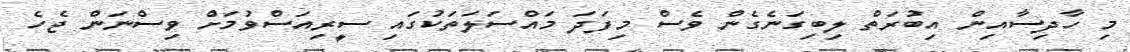
މި ހާދިސާއިން އިބުރަތް ލިބިގަނެގެން ވެސް މިފަދަ މައްސަލަތަކުގައި ސީރިއަސްވުމަށް ވިސްނަން ޖެހެ